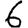
Digit: 6